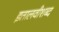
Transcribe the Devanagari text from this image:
इतालवीशब्द